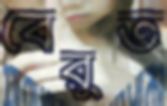
বেরুত